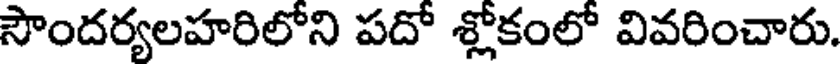
సౌందర్యలహరిలోని పదో శ్లోకంలో వివరించారు.